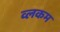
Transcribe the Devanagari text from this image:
व्लकम